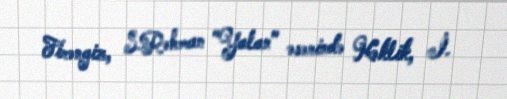
Firəngiz, S.Rəhman "Yalan" əsərində Kəklik, İ.